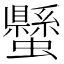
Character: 𧔤